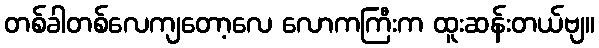
တစ်ခါတစ်လေကျတော့လေ လောကကြီးက ထူးဆန်းတယ်ဗျ။